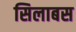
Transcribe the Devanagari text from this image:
सिलाबस